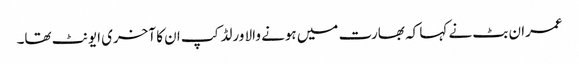
عمران بٹ نے کہا کہ بھارت میں ہونے والا ورلڈ کپ ان کا آخری ایونٹ تھا۔